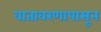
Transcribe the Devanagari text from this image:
वातावरणापासून